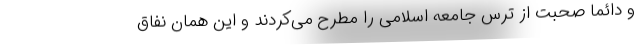
و دائما صحبت از ترس جامعه اسلامی را مطرح می‌کردند و این همان نفاق